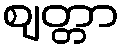
ဈတ္တာ